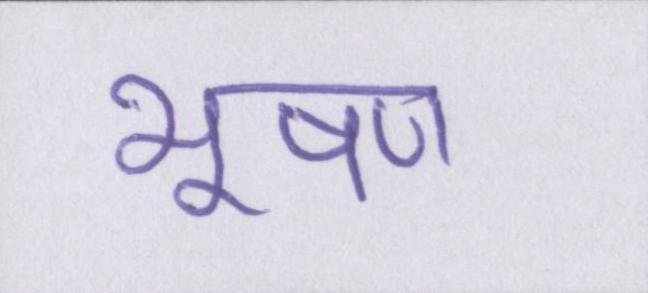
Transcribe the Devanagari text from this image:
भूषण